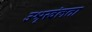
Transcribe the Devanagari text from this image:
उश्रृखंलता